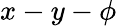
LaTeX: x-y-\phi